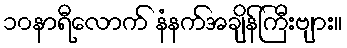
၁၀နာရီလောက် နံနက်အချိန်ကြီးဗျား။